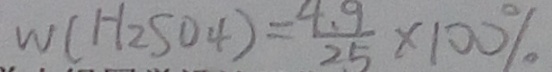
W ( H _ { 2 } S O 4 ) = \frac { 4 . 9 } { 2 5 } \times 1 0 0 \%